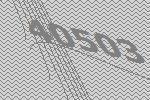
40503